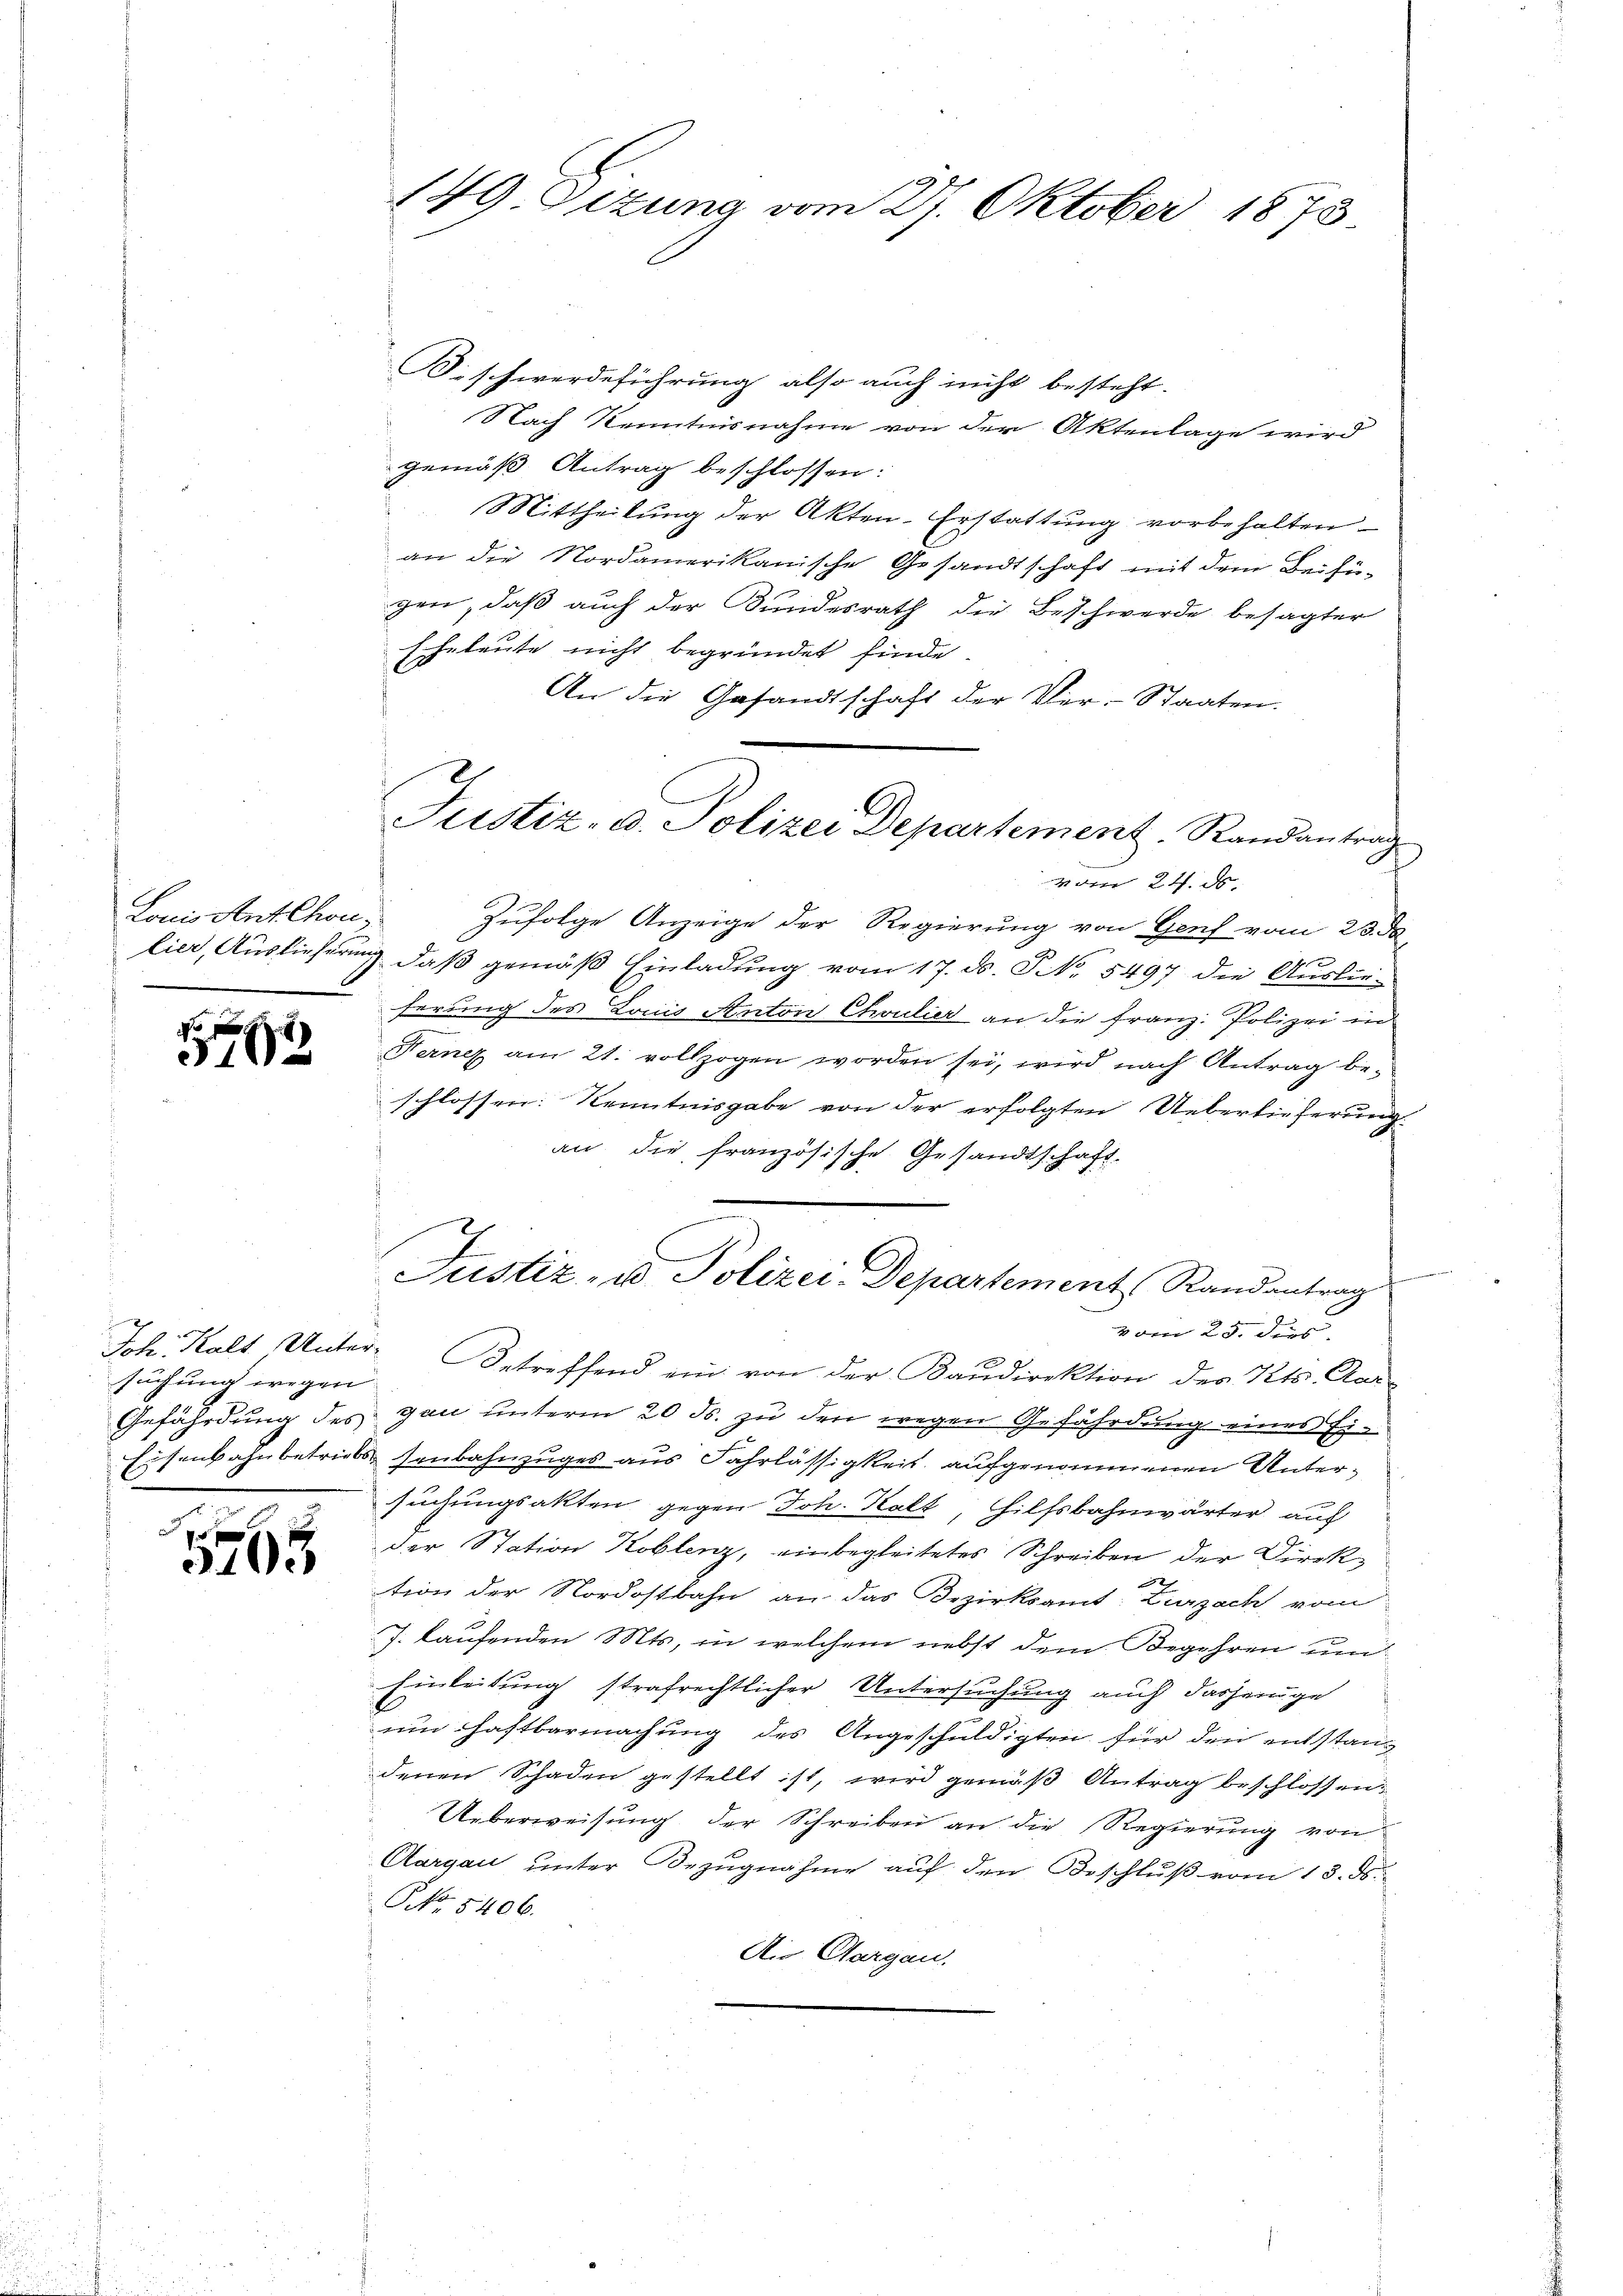
Louis Anthon.

0 f 0 x
8
31

suchung wegen
.

3108

149. Sezung vom 27. Oktober 1873.

Beschwerdeführung also auch nicht besteht.
Nach Kenntnisnahme von der Aktenlage wird
gemäß Antrag beschlossen:
Mittheilung der Akten-Erstattung vorbehalten
an die Nordamerikanische Gesandtschaft mit dem Beifügen, daß auch der Bundesrath die Beschwerde besagter
Eheleute nicht begründet finde
An die Gesandtschaft der Ver-Staaten.
vom 24. ds.
Zufolge Anzeige der Regierung von Genf vom 23. ds.
d
lier, Auslieferung, daß gemäß Einladung vom 17. ds. S. 5497 die Auslieferung des Louis Anton Choulier an die Franz: Polizei in
Ferner am 21. vollzogen worden sei, wird nach Antrag beschlossen: Kenntnisgabe von der erfolgten Ueberlieferung
an die französische Gesandtschaft.
Justiz- u Polizei Departement, Randantrag
vom 25. des
Joh. Kalt Unter- Betreffend ein von der Baŭdirektion des Kts. Aar¬
Gefährdung des gan unterm 20. ds. zŭ den wegen Gefährdung eines Eiisenbahnbetriebessenbahnzuges aus Fahrlässigkeit, aufgenommenen Untersuchungsakten gegen Joh. Kalt, Hilfsbahnwärter auf
der Station Koblenz, einbegleitetes Schreiben der Direktion der Nordostbahn an das Bezirksamt Zurzach, vom
J. kaufenden Mts, in welchem nebst dem Begehren un
Einleitung strafrechtlicher Untersuchung auch dasjenige
um Haftbarmachung des Angeschuldigten für den entstanz
denen Schaden gestellt ist, wird gemäß Antrag beschlossen:
Ueberweisung der Schreiben an die Regierung von
Cargau unter Bezugnahme auf den Beschluß vom 13. ds.
NNo. 5406.
Die Aargau.

Justiz- u. Polizei Departement Randantrag

e